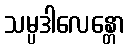
သမ္ပဒါလေန္တော